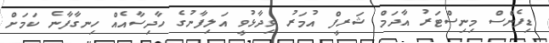
ޑިފެންސް މިނިސްޓަރު އާދަމް ޝަރީފް އުމަރު ވިދާޅުވީ އަލިފާނުގެ ހާދިސާއެއް ހިނގާފާނެ ކަމަށް